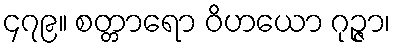
၄၇၉။ စတ္တာရော ဝိဟယော ဂုဉ္ဇာ၊